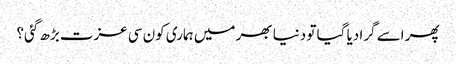
پھر اسے گرا دیا گیا تو دنیا بھر میں ہماری کون سی عزت بڑھ گئی؟